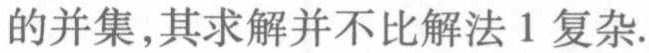
的并集,其求解并不比解法1复杂.